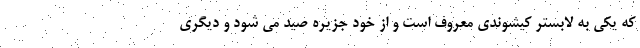
که یکی به لابستر کیشوندی معروف است و از خود جزیره صید می شود و دیگری